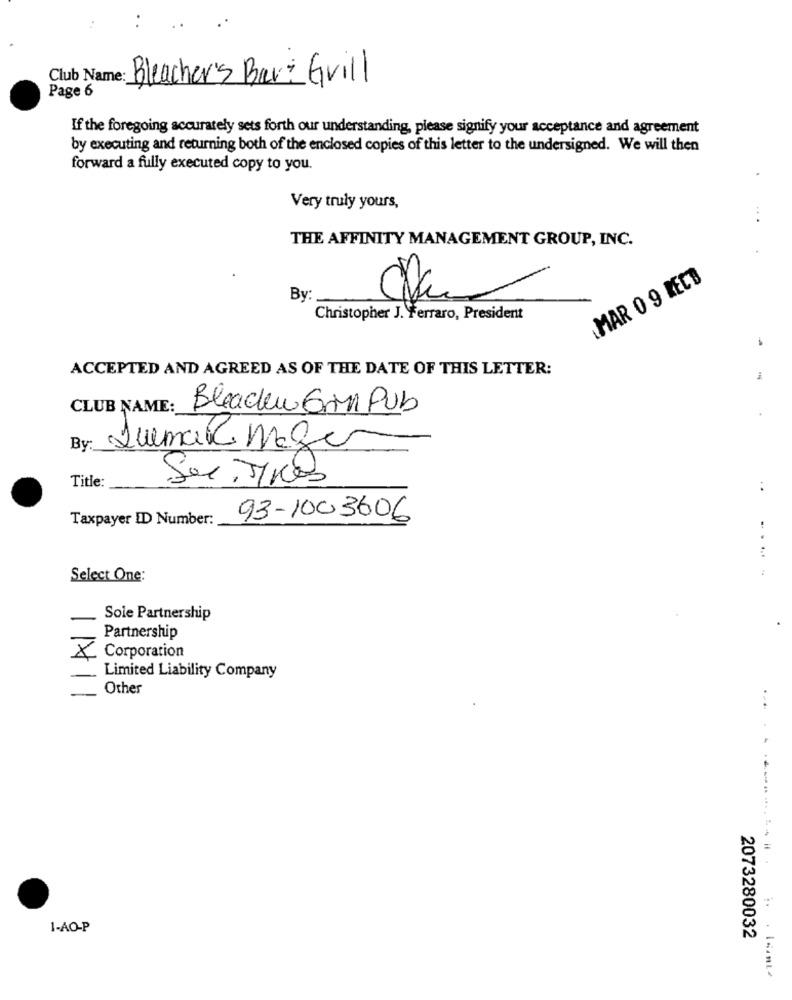
Club Name:
Bleacher's Bar& Grill
Page 6
If the foregoing accurately sets forth our understanding, please signify your acceptance and agreement
by executing and returning both of the enclosed copies of this letter to the undersigned. We will then
forward a fully executed copy to you.
Very truly yours,
...
THE AFFINITY MANAGEMENT GROUP, INC.
MAR 0 9 RECB
By
Christopher J. Ferraro, President
ACCEPTED AND AGREED AS OF THE DATE OF THIS LETTER:
CLUB NAME:
Bleachw GrMl Pub
By:
LumaR mage
Title:
..
Taxpayer ID Number:
93-1003606
......
:
Select One:
Sole Partnership
Partnership
X
Corporation
Limited Liability Company
Other
..............
1-AO-P
2073280032